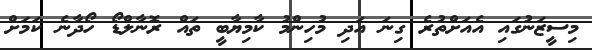
މިސީޒަނުގައި އެއަށްތުރެ ގިނަ އަދި މުހިންމު ކާމިޔާބީ ތައް ރޮނާލްޑޯ ހޯދާނެ ކަމަށް